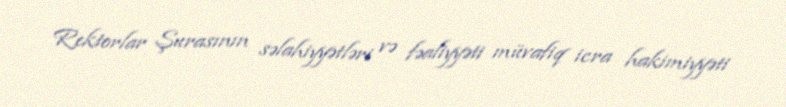
Rektorlar Şurasının səlahiyyətləri və fəaliyyəti müvafiq icra hakimiyyəti